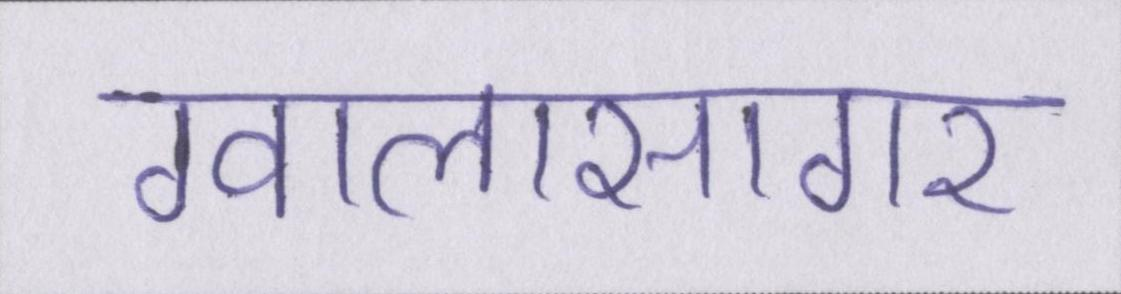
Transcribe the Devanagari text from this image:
ग्वालासागर